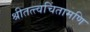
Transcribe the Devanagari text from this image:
श्रीतत्त्वचिंतामणि